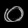
Digit: ၀